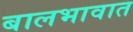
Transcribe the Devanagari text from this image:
बालभावात